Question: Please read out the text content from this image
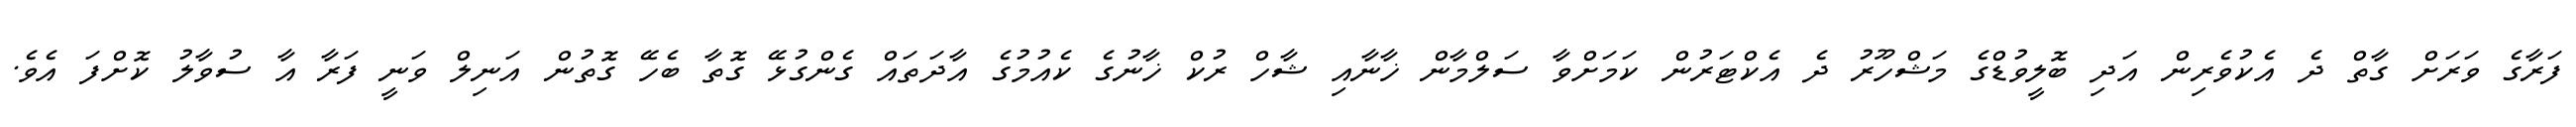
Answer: ފަރާގެ ވަރަށް ގާތް ދެ އެކުވެރިން އަދި ބޮލީވުޑްގެ މަޝްހޫރު ދެ އެކްޓަރުން ކަމަށްވާ ސަލްމާން ޚާނާއި ޝާހް ރުކް ޚާނުގެ ކެއުމުގެ އާދަތައް ގެންގުޅޭ ގޮތާ ބެހޭ ގޮތުން އަނިލް ވަނީ ފަރާ އާ ސުވާލު ކޮށްފަ އެވެ.